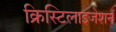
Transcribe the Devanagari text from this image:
क्रिस्टिलाइजेशन